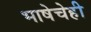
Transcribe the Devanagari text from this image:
भाषेचेही